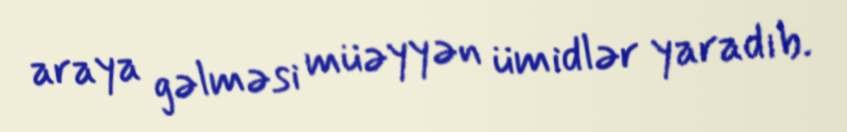
araya gəlməsi müəyyən ümidlər yaradıb.